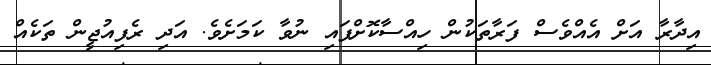
އިދާރާ އަށް އެއްވެސް ފަރާތަކުން ހިއްސާކޮށްފައި ނުވާ ކަމަށެވެ. އަދި ރެފިއުޖީން ތަކެއް